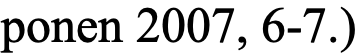
ponen 2007, 6-7.)